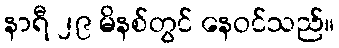
နာရီ ၂၉ မိနစ်တွင် နေဝင်သည်။